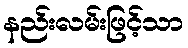
နည်းလမ်းဖြင့်သာ